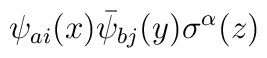
\psi_{ai}(x)\bar\psi_{bj}(y)\sigma^{\alpha}(z)